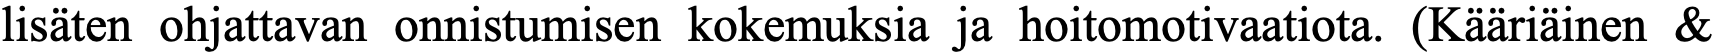
lisäten ohjattavan onnistumisen kokemuksia ja hoitomotivaatiota. (Kääriäinen &